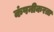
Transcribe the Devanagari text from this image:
कंपनीकरता